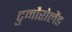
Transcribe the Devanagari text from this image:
टुमौरोलैंड